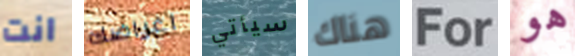
انت اغراضك سيأتي هناك For هو